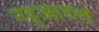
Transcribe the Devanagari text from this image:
नहुआटल